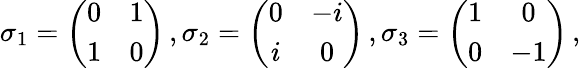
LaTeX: \sigma_{1}=\left(\begin{array}{cc}{{0}}&{{1}}\\ {{1}}&{{0}}\end{array}\right)\, ,\sigma_{2}=\left(\begin{array}{cc}{{0}}&{{-i}}\\ {{i}}&{{0}}\end{array}\right)\, ,\sigma_{3}=\left(\begin{array}{cc}{{1}}&{{0}}\\ {{0}}&{{-1}}\end{array}\right)\, ,